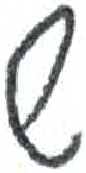
אות: ש